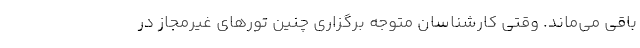
باقی می‌ماند. وقتی کارشناسان متوجه برگزاری چنین تورهای غیرمجاز در